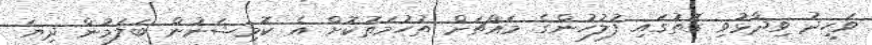
ވަހީދު ވިދާޅުވި ގޮތުގައި ފުލުހުންގެ މައްޗަށް ތުހުމަތުކޮށް އެ ކޮމިޝަނުން ބަލަމުން ދިޔަ